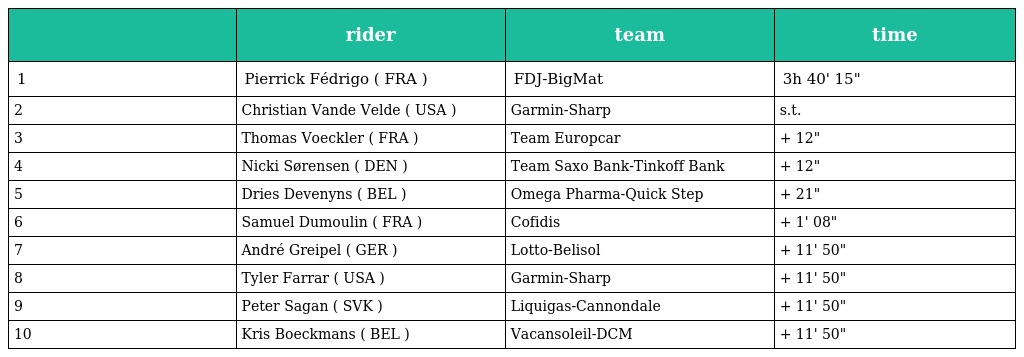
|  | rider | team | time |
 | --- | --- | --- | --- |
 | 1 | Pierrick Fédrigo ( FRA ) | FDJ-BigMat | 3h 40' 15" |
 | 2 | Christian Vande Velde ( USA ) | Garmin-Sharp | s.t. |
 | 3 | Thomas Voeckler ( FRA ) | Team Europcar | + 12" |
 | 4 | Nicki Sørensen ( DEN ) | Team Saxo Bank-Tinkoff Bank | + 12" |
 | 5 | Dries Devenyns ( BEL ) | Omega Pharma-Quick Step | + 21" |
 | 6 | Samuel Dumoulin ( FRA ) | Cofidis | + 1' 08" |
 | 7 | André Greipel ( GER ) | Lotto-Belisol | + 11' 50" |
 | 8 | Tyler Farrar ( USA ) | Garmin-Sharp | + 11' 50" |
 | 9 | Peter Sagan ( SVK ) | Liquigas-Cannondale | + 11' 50" |
 | 10 | Kris Boeckmans ( BEL ) | Vacansoleil-DCM | + 11' 50" |